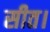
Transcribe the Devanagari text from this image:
सीत।